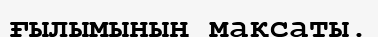
ғылымының мақсаты.